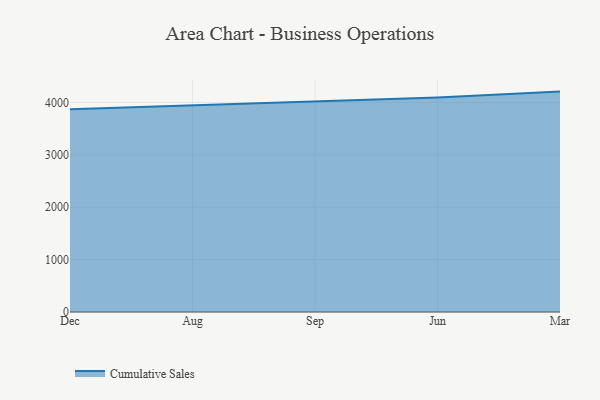
{"axis": {"x": "Month", "y": "Net Income (USD K)"}, "legend": ["Cumulative Sales"], "data": [{"x": "Dec", "y": 3872.2, "type": "Cumulative Sales"}, {"x": "Aug", "y": 3951.2, "type": "Cumulative Sales"}, {"x": "Sep", "y": 4028.9, "type": "Cumulative Sales"}, {"x": "Jun", "y": 4095.4, "type": "Cumulative Sales"}, {"x": "Mar", "y": 4208.0, "type": "Cumulative Sales"}]}